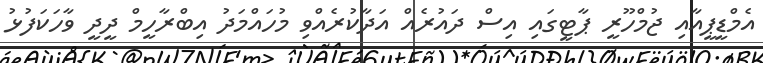
އެމްޑީޕީއާއި ޖުމްހޫރީ ޕާޓީގައި އިސް ދައުރެއް އަދާކުރެއްވި މުހައްމަދު އިބްރާހީމް ދީދީ ވާހަކަފުޅު